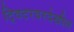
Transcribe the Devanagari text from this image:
ट्विटरवरदेखील